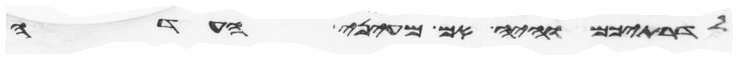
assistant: לדרתיכם והיה אם מעיני העדה